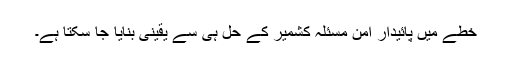
خطے میں پائیدار امن مسئلہ کشمیر کے حل ہی سے یقینی بنایا جا سکتا ہے۔